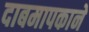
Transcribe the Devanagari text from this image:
दाबमापकाने